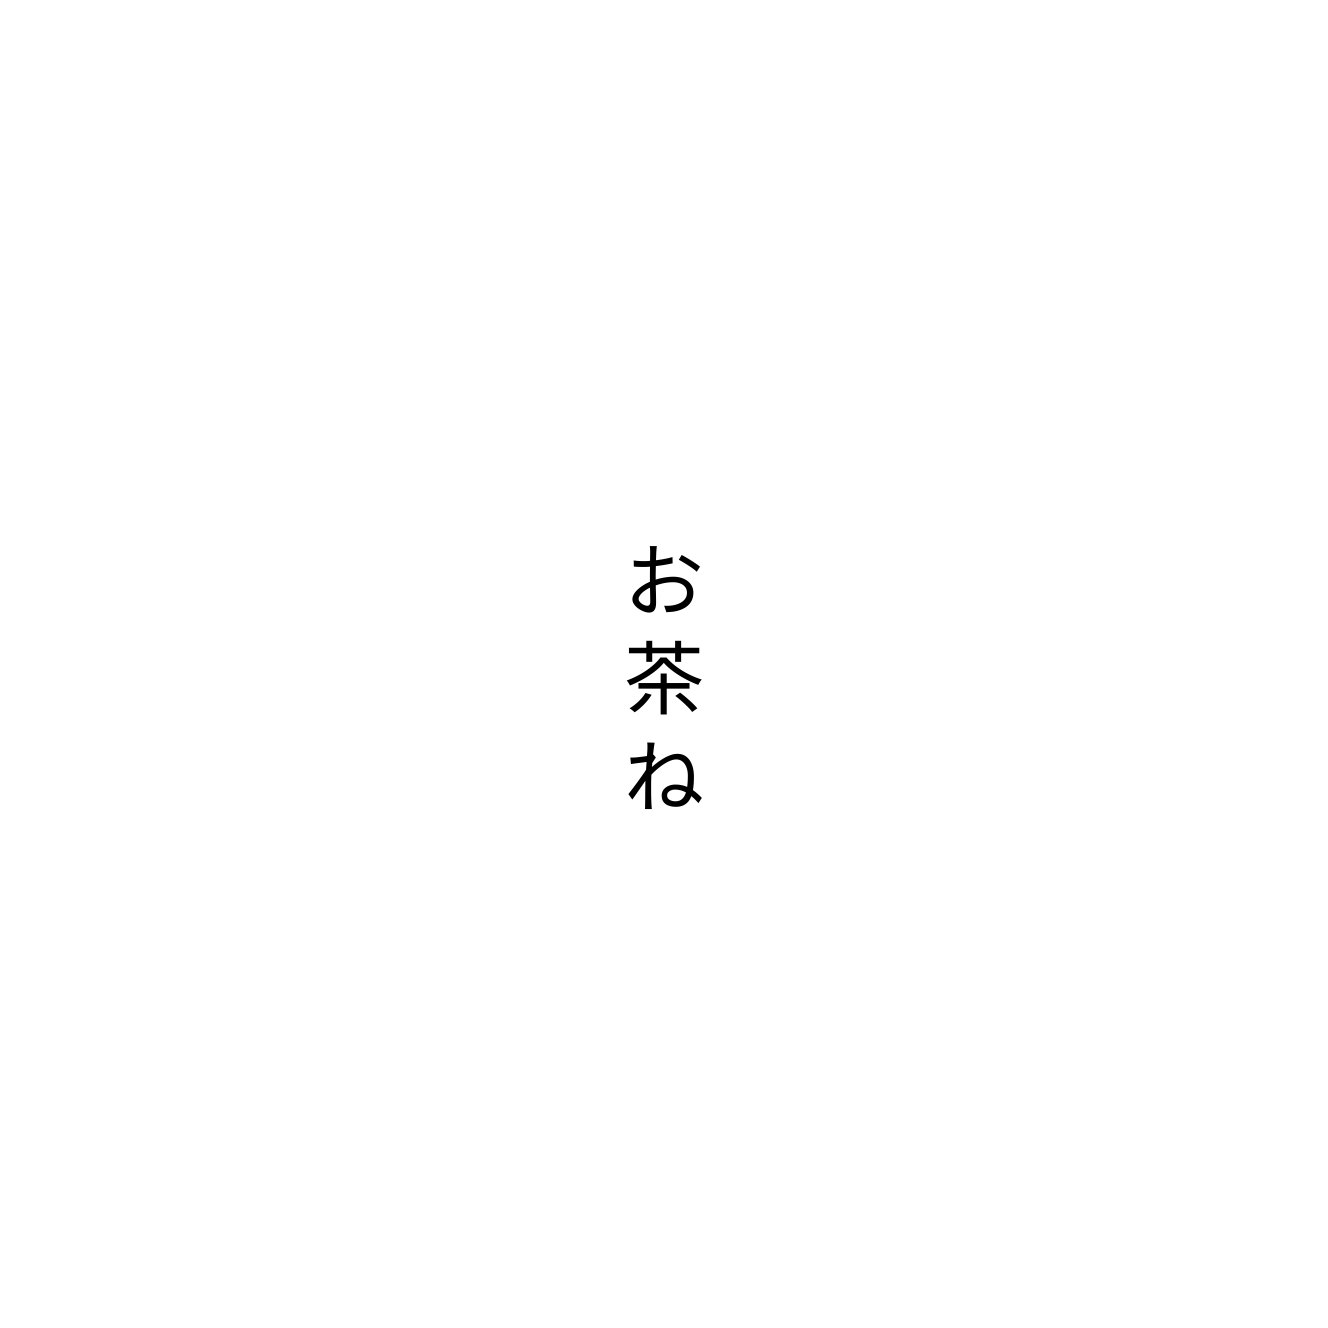
お茶ね